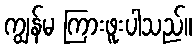
ကျွန်မ ကြားဖူးပါသည်။